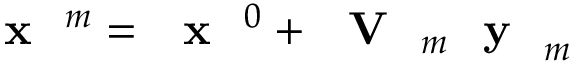
\textrm { \textbf { x } } ^ { m } = \textrm { \textbf { x } } ^ { 0 } + \textrm { \textbf { V } } _ { m } \textrm { \textbf { y } } _ { m }